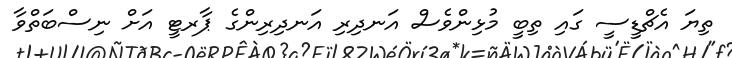
ތިޔަ އެޗްޑީސީ ގައި ތިބީ މުޅިންވެސް އަނދިރި އަނދިރިންގެ ޕާރޓީ އަށް ނިސްބަތްވާ